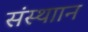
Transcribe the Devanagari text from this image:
संस्थाान